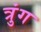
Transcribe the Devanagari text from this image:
त्रुंग